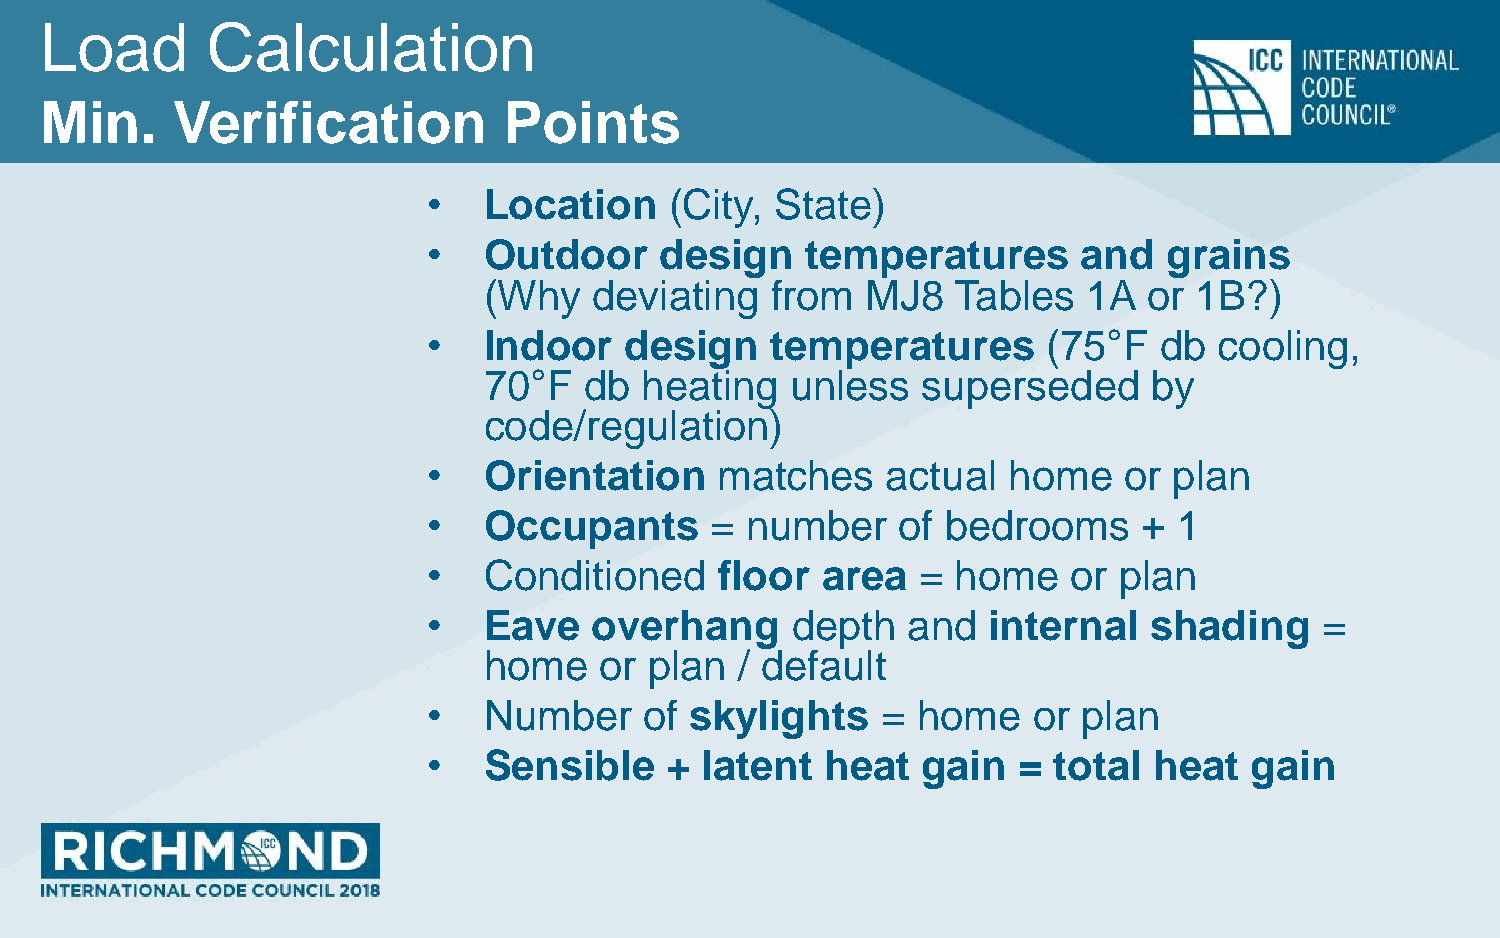
Load       Calculation
 Min.    Verification          Points
 •   Location    (City, State)
 •   Outdoor     design   temperatures       and  grains
 (Why   deviating   from  MJ8   Tables   1A  or 1B?)
 •   Indoor   design    temperatures      (75°F   db  cooling,
 70°F   db heating   unless   superseded     by
 code/regulation)
 •   Orientation    matches     actual  home   or  plan
 •   Occupants      = number    of  bedrooms     + 1
 •   Conditioned     floor area   = home    or plan
 •   Eave   overhang     depth   and  internal   shading    =
 home    or plan  / default
 •   Number     of skylights   =  home   or  plan
 •   Sensible    + latent   heat  gain  =  total heat   gain